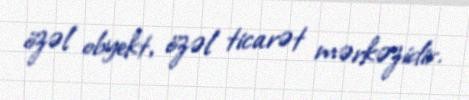
özəl obyekt, özəl ticarət mərkəzidir.